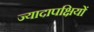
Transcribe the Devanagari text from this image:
ज्यादापक्षियों